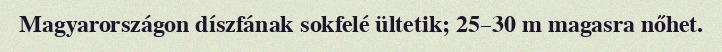
Magyarországon díszfának sokfelé ültetik; 25–30 m magasra nőhet.